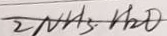
2 N H _ { 3 } \cdot H _ { 2 } O